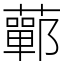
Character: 䕤